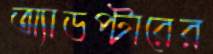
অ্যাডপ্টারের